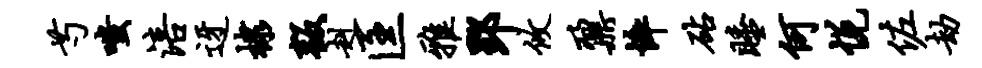
芍嗤涪迓棣叛赳匡雅郢攸鼐悴砧睡何悦佐劫